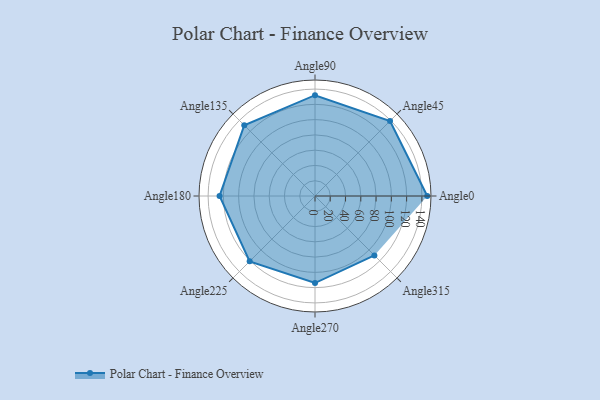
{"axis": {"x": "Angle", "y": "Radius"}, "legend": [""], "data": [{"x": "Angle0", "y": 147.0, "type": ""}, {"x": "Angle45", "y": 139.0, "type": ""}, {"x": "Angle90", "y": 132.0, "type": ""}, {"x": "Angle135", "y": 131.0, "type": ""}, {"x": "Angle180", "y": 125.0, "type": ""}, {"x": "Angle225", "y": 121.0, "type": ""}, {"x": "Angle270", "y": 114.0, "type": ""}, {"x": "Angle315", "y": 110.0, "type": ""}]}